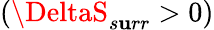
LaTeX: (\DeltaS_{s\mathbf{u}rr}>0)